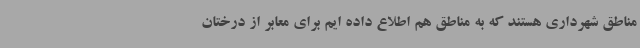
مناطق شهرداری هستند که به مناطق هم اطلاع داده ایم برای معابر از درختان